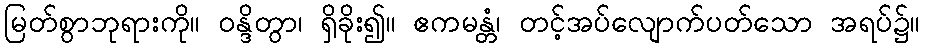
မြတ်စွာဘုရားကို။ ဝန္ဒိတွာ၊ ရှိခိုး၍။ ဧကမန္တံ၊ တင့်အပ်လျောက်ပတ်သော အရပ်၌။